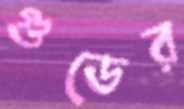
গুডের